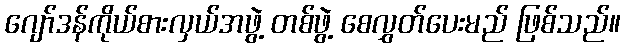
ဂျော်ဒန်ကိုယ်စားလှယ်အဖွဲ့ တစ်ဖွဲ့ စေလွှတ်ပေးမည် ဖြစ်သည်။